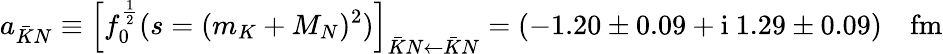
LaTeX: a_{\bar{K}N}\equiv\left[f_{0}^{\frac 12}(s=(m_{K}+M_{N})^{2})\right]_{\bar{K}N\leftarrow\bar{K}N}=\left(-1.20\pm 0.09+\mathrm{i}~1.29\pm 0.09\right)\quad\mathrm{fm}